Vaccination in Burma 1900-1911 - 1900-1911
Year: 1900
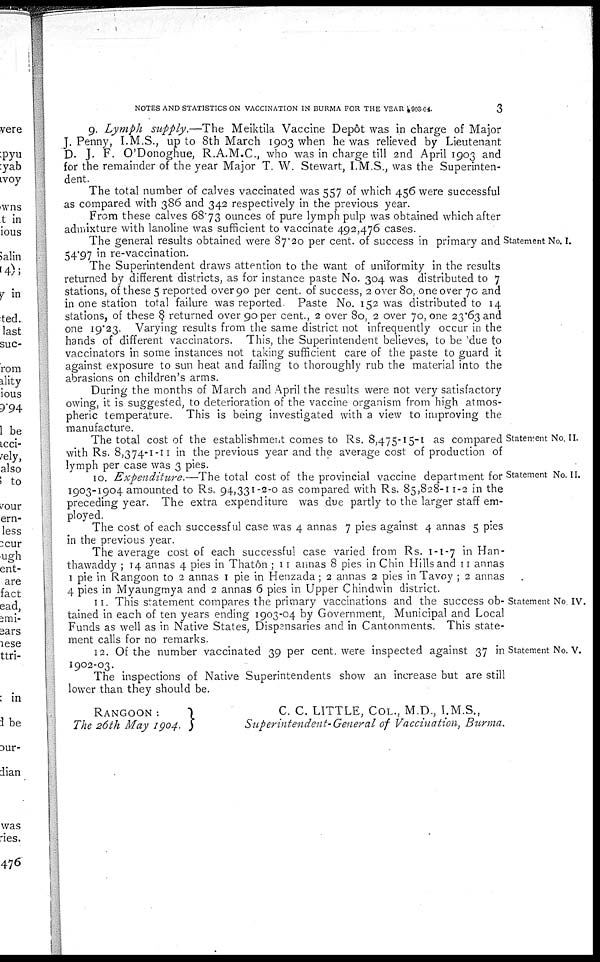
NOTES AND STATISTICS ON VACCINATION IN BURMA FOR THE YEAR 1903-04.
3
9. Lymph supply.—The Meiktila Vaccine Depôt was in charge of Major
J. Penny, I.M.S., up to 8th March 1903 when he was relieved by Lieutenant
D. J. F. O'Donoghue, R.A.M.C., who was in charge till 2nd April 1903 and
for the remainder of the year Major T. W. Stewart, I.M.S., was the Superinten-
dent.
The total number of calves vaccinated was 557 of which 456 were successful
as compared with 386 and 342 respectively in the previous year.
From these calves 68.73 ounces of pure lymph pulp was obtained which after
admixture with lanoline was sufficient to vaccinate 492,476 cases.
Statement No. I.
The general results obtained were 87.20 per cent. of success in primary and
54.97 in re-vaccination.
The Superintendent draws attention to the want of uniformity in the results
returned by different districts, as for instance paste No. 304 was distributed to 7
stations, of these 5 reported over 90 per cent. of success, 2 over 80, one over 70 and
in one station total failure was reported. Paste No. 152 was distributed to 14
stations, of these 8 returned over 90 per cent., 2 over 80, 2 over 70, one 23.63 and
one 19.23. Varying results from the same district not infrequently occur in the
hands of different vaccinators. This, the Superintendent believes, to be due to
vaccinators in some instances not taking sufficient care of the paste to guard it
against exposure to sun heat and failing to thoroughly rub the material into the
abrasions on children's arms.
During the months of March and April the results were not very satisfactory
owing, it is suggested, to deterioration of the vaccine organism from high atmos-
pheric temperature. This is being investigated with a view to improving the
manufacture.
Statement No. II.
The total cost of the establishment comes to Rs. 8,475-15-1 as compared
with Rs. 8,374-1-11 in the previous year and the average cost of production of
lymph per case was 3 pies.
Statement No. II.
10. Expenditure.— The total cost of the provincial vaccine department for
1903-1904 amounted to Rs. 94,331-2-0 as compared with Rs. 85,828-11-2 in the
preceding year. The extra expenditure was due partly to the larger staff em-
ployed.
The cost of each successful case was 4 annas 7 pies against 4 annas 5 pies
in the previous year.
The average cost of each successful case varied from Rs. 1-1-7 in Han-
thawaddy ; 14 annas 4 pies in Thatôn ; 11 annas 8 pies in Chin Hills and 11 annas
1 pie in Rangoon to 2 annas 1 pie in Henzada; 2 annas 2 pies in Tavoy ; 2 annas
4 pies in Myaungmya and 2 annas 6 pies in Upper Chindwin district.
Statement No. IV.
11. This statement compares the primary vaccinations and the success ob-
tained in each of ten years ending 1903-04 by Government, Municipal and Local
Funds as well as in Native States, Dispensaries and in Cantonments. This state-
ment calls for no remarks.
Statement No. V.
12. Of the number vaccinated 39 per cent. were inspected against 37 in
1902-03.
The inspections of Native Superintendents show an increase but are still
lower than they should be.
RANGOON:
The 26th May 1904.
C. C. LITTLE, COL., M.D., I.M.S.,
Superintendent-General of Vaccination, Burma.